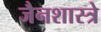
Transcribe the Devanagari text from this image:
जैनशास्त्रे